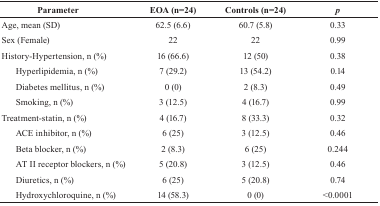
| Parameter | EOA (n=24) | Controls (n=24) | p |
 | --- | --- | --- | --- |
 | Age, mean (SD) | 62.5 (6.6) | 60.7 (5.8) | 0.33 |
 | Sex (Female) | 22 | 22 | 0.99 |
 | History-Hypertension, n (%) | 16 (66.6) | 12 (50) | 0.38 |
 | Hyperlipidemia, n (%) | 7 (29.2) | 13 (54.2) | 0.14 |
 | Diabetes mellitus, n (%) | 0 (0) | 2 (8.3) | 0.49 |
 | Smoking, n (%) | 3 (12.5) | 4 (16.7) | 0.99 |
 | Treatment-statin, n (%) | 4 (16.7) | 8 (33.3) | 0.32 |
 | ACE inhibitor, n (%) | 6 (25) | 3 (12.5) | 0.46 |
 | Beta blocker, n (%) | 2 (8.3) | 6 (25) | 0.244 |
 | AT II receptor blockers, n (%) | 5 (20.8) | 3 (12.5) | 0.46 |
 | Diuretics, n (%) | 6 (25) | 5 (20.8) | 0.74 |
 | Hydroxychloroquine, n (%) | 14 (58.3) | 0 (0) | <0.0001 |